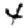
Digit: 4